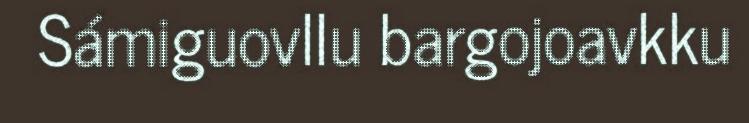
Sámiguovllu bargojoavkku